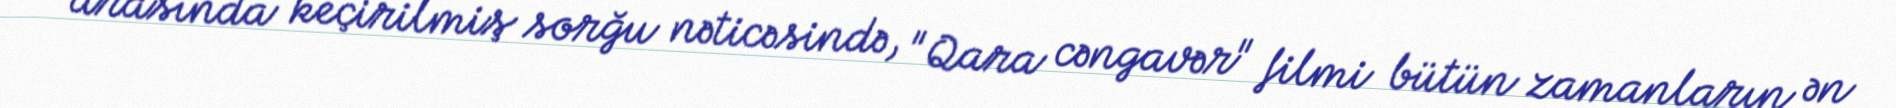
arasında keçirilmiş sorğu nəticəsində, "Qara cəngavər" filmi bütün zamanların ən